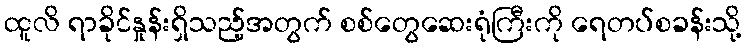
ထူလိ ရာခိုင်နှုန်းရှိသည့်အတွက် စစ်တွေဆေးရုံကြီးကို ရေတပ်စခန်းသို့